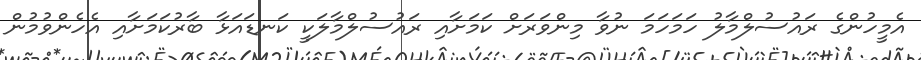
އެމީހުންގެ ރައުސުލްމާލު ހަމަހަމަ ނުވާ މިންވަރަށް ކަމަށާއި ރައުސުލްމާލަކީ ކަނޑައަޅާ ބާރުކަމަށާއި އެހެންވުމުން